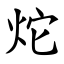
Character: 炨